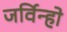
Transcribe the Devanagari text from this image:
जर्विन्हो